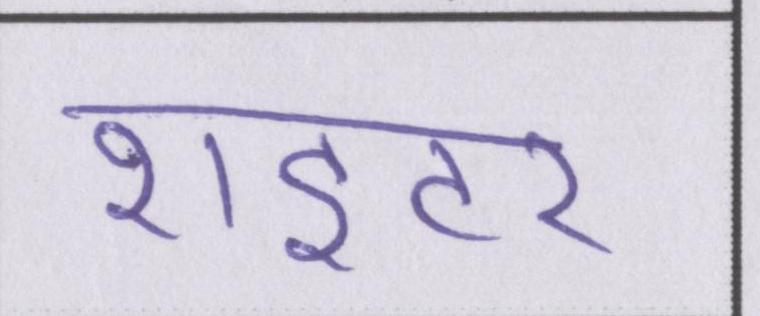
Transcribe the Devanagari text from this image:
राइटर